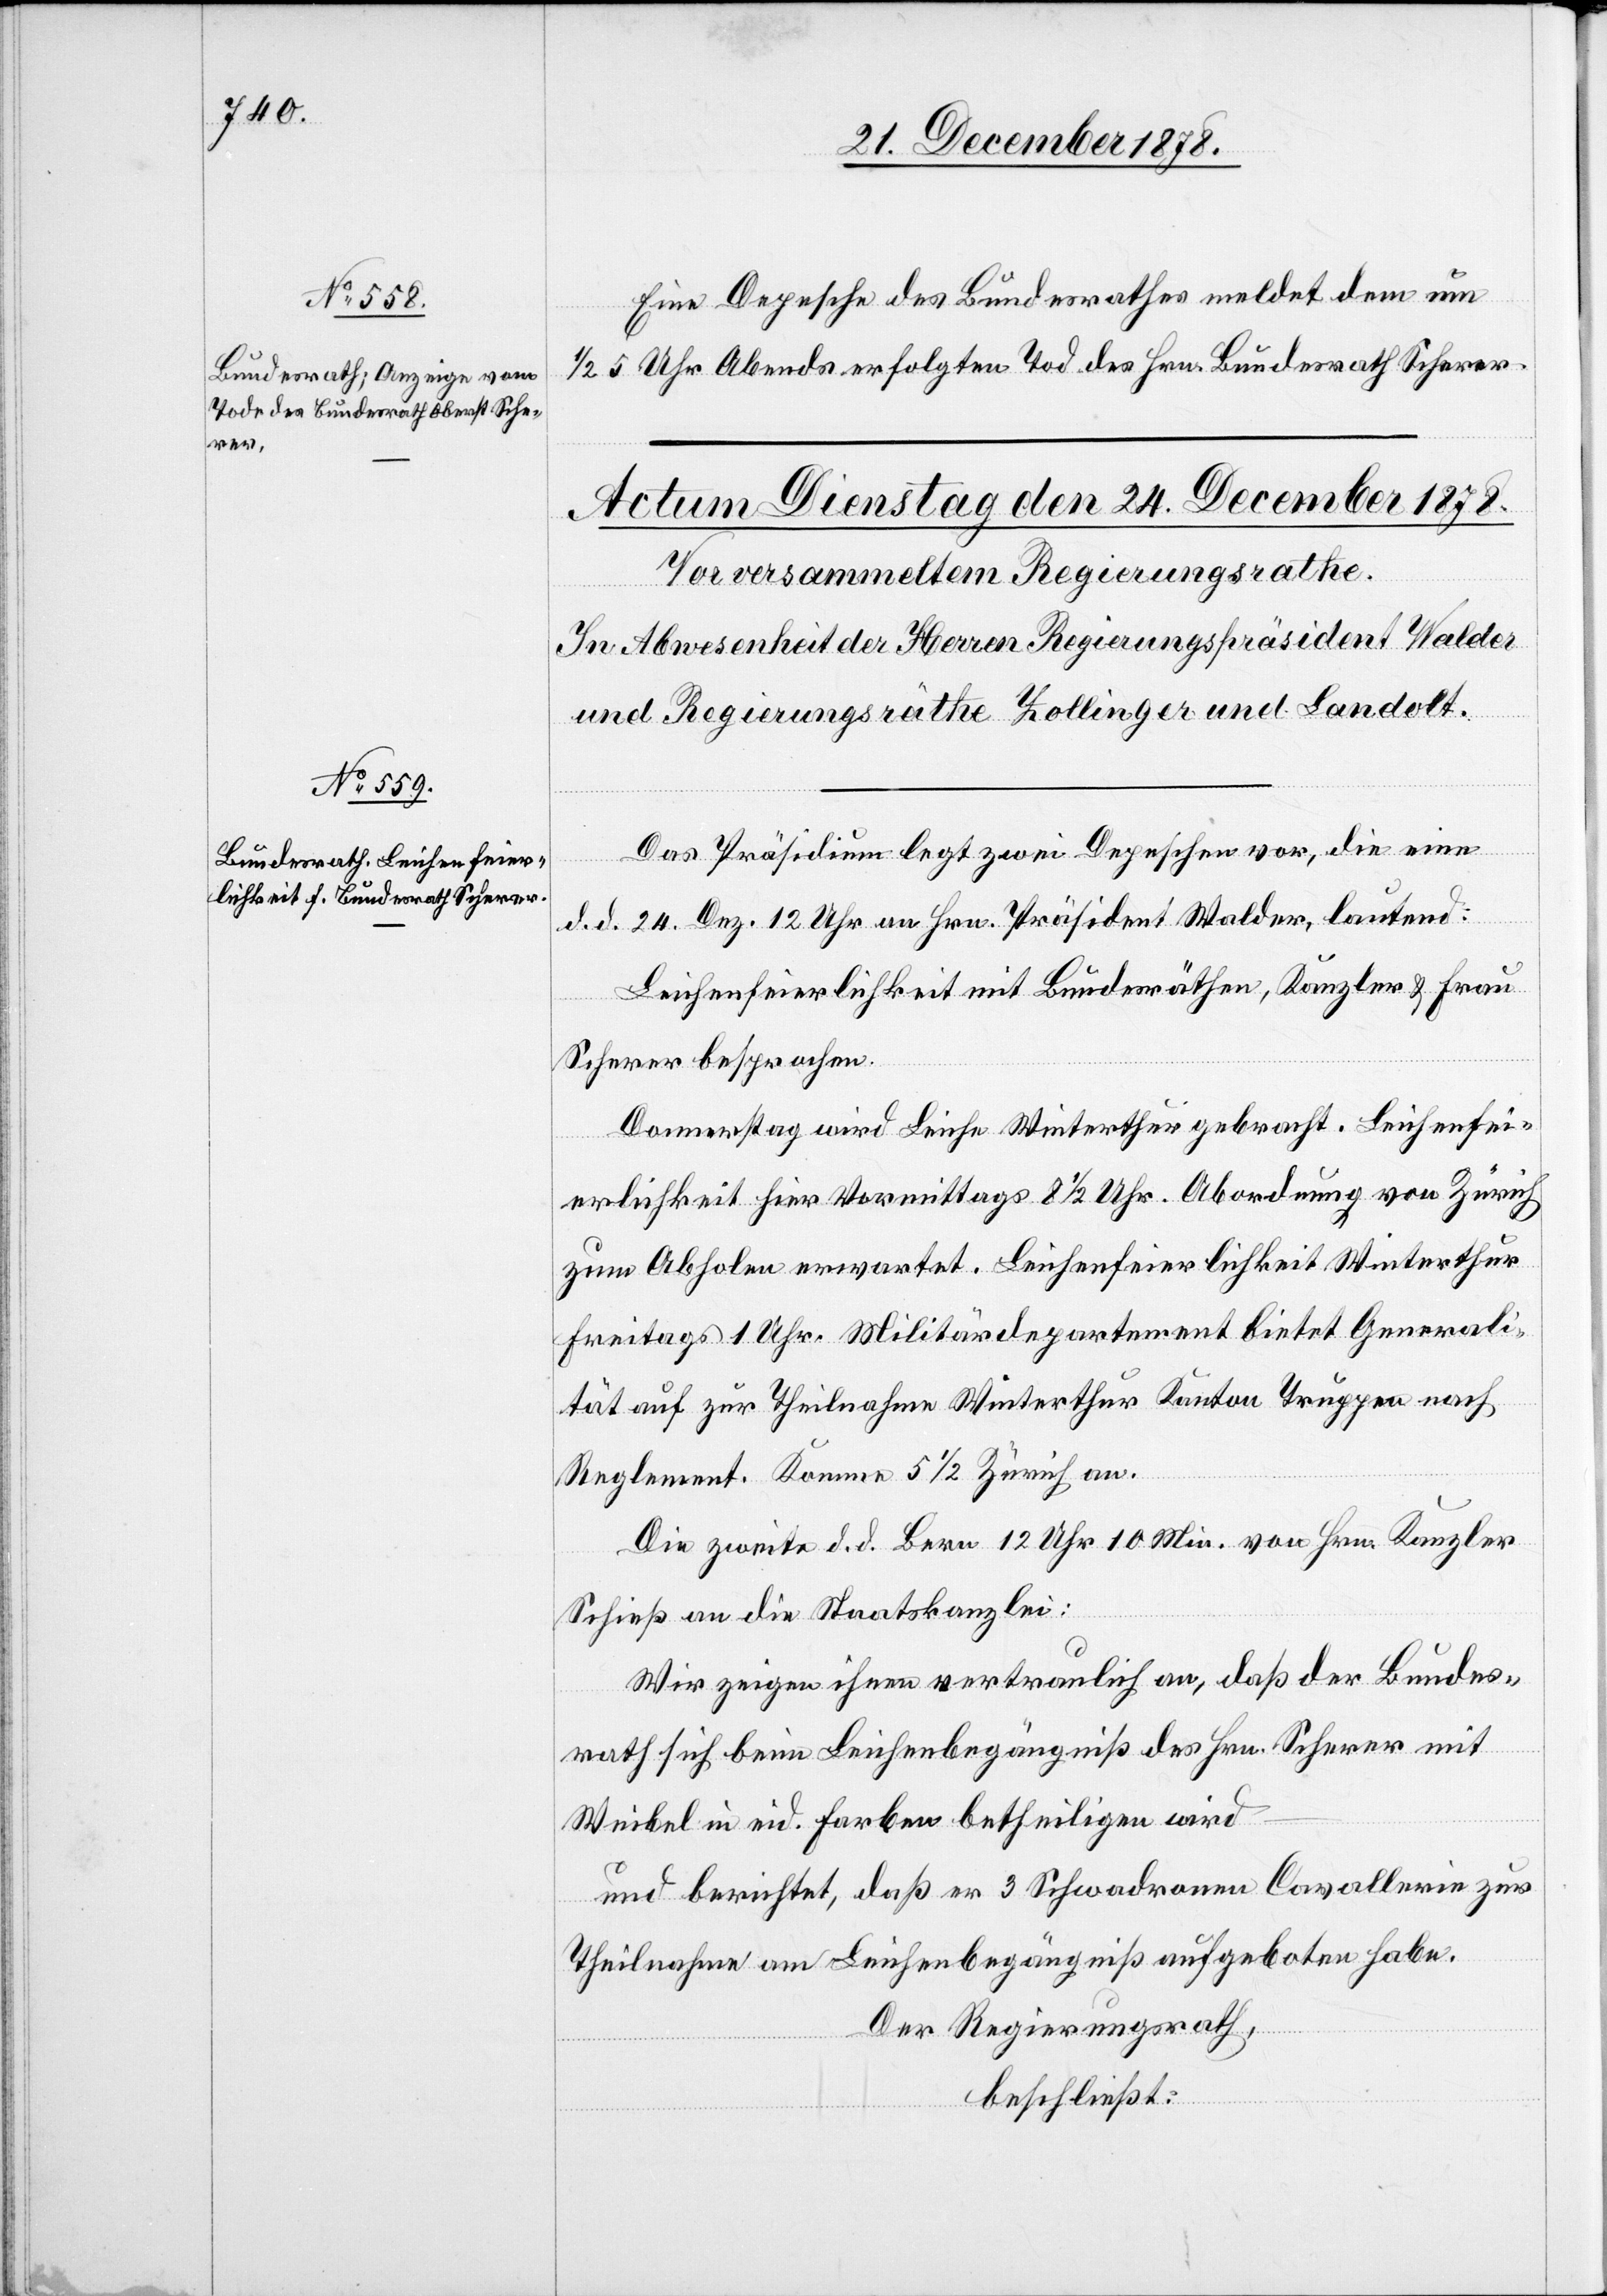
23. December 1878.]
Eine Depesche des Bundesrathes meldet den um
1/2 5 Uhr Abends erfolgten Tod des Hrn. Bundesrath Scherer.
Das Präsidium legt zwei Depeschen vor, die eine
d. d. 24. Dez. 12 Uhr an Hrn. Präsident Walder, lautend:
Leichenfeierlichkeit mit Bundesräthen, Kanzler & Frau
Scherer besprochen.
Donnerstag wird Leiche Winterthur gebracht. Leichenfei¬
erlichkeit hier Vormittags 8 1/2 Uhr. Abordnung von Zürich
zum Abholen erwartet. Leichenfeierlichkeit Winterthur
Freitags 1 Uhr. Militärdepartement bietet Generali¬
tät auf zur Theilnahme Winterthur Kanton Truppen nach
Reglement. Kommen 5 1/2 Zürich an.
Die zweite d. d. Bern 12 Uhr 10 Min. von Hrn. Kanzler
Schieß an die Staatskanzlei:
Wir zeigen ihnen vertraulich an, daß der Bundes¬
rath sich beim Leichenbegängniß des Hrn. Scherer mit
Weibel in eid. Farben betheiligen wird
und berichtet, daß er 3 Schwadronen Cavallerie zur
Theilnahme am Leichenbegängniß aufgeboten habe.
Der Regierungsrath,
beschließt: